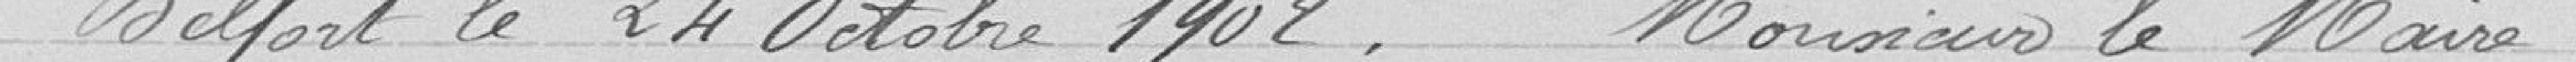
Belfort le 24 Octobre 1902, Monsieur le Maire,